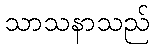
သာသနာသည်